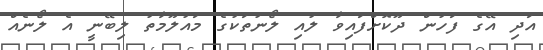
އަދި އޭގެ ފަހުން ދޫކޮށްފައިވާ ލުއި ލޯނުތަކުގެ މައުލޫމާތު ލިބޭނީ އެ ލޯނެއް